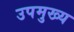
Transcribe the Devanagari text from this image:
उपमुख्य